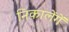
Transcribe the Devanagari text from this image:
निकालेंगें